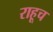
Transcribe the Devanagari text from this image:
राहूच